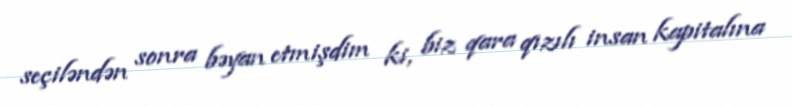
seçiləndən sonra bəyan etmişdim ki, biz qara qızılı insan kapitalına